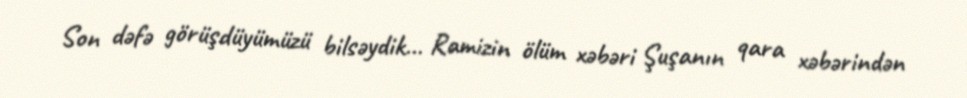
Son dəfə görüşdüyümüzü bilsəydik... Ramizin ölüm xəbəri Şuşanın qara xəbərindən